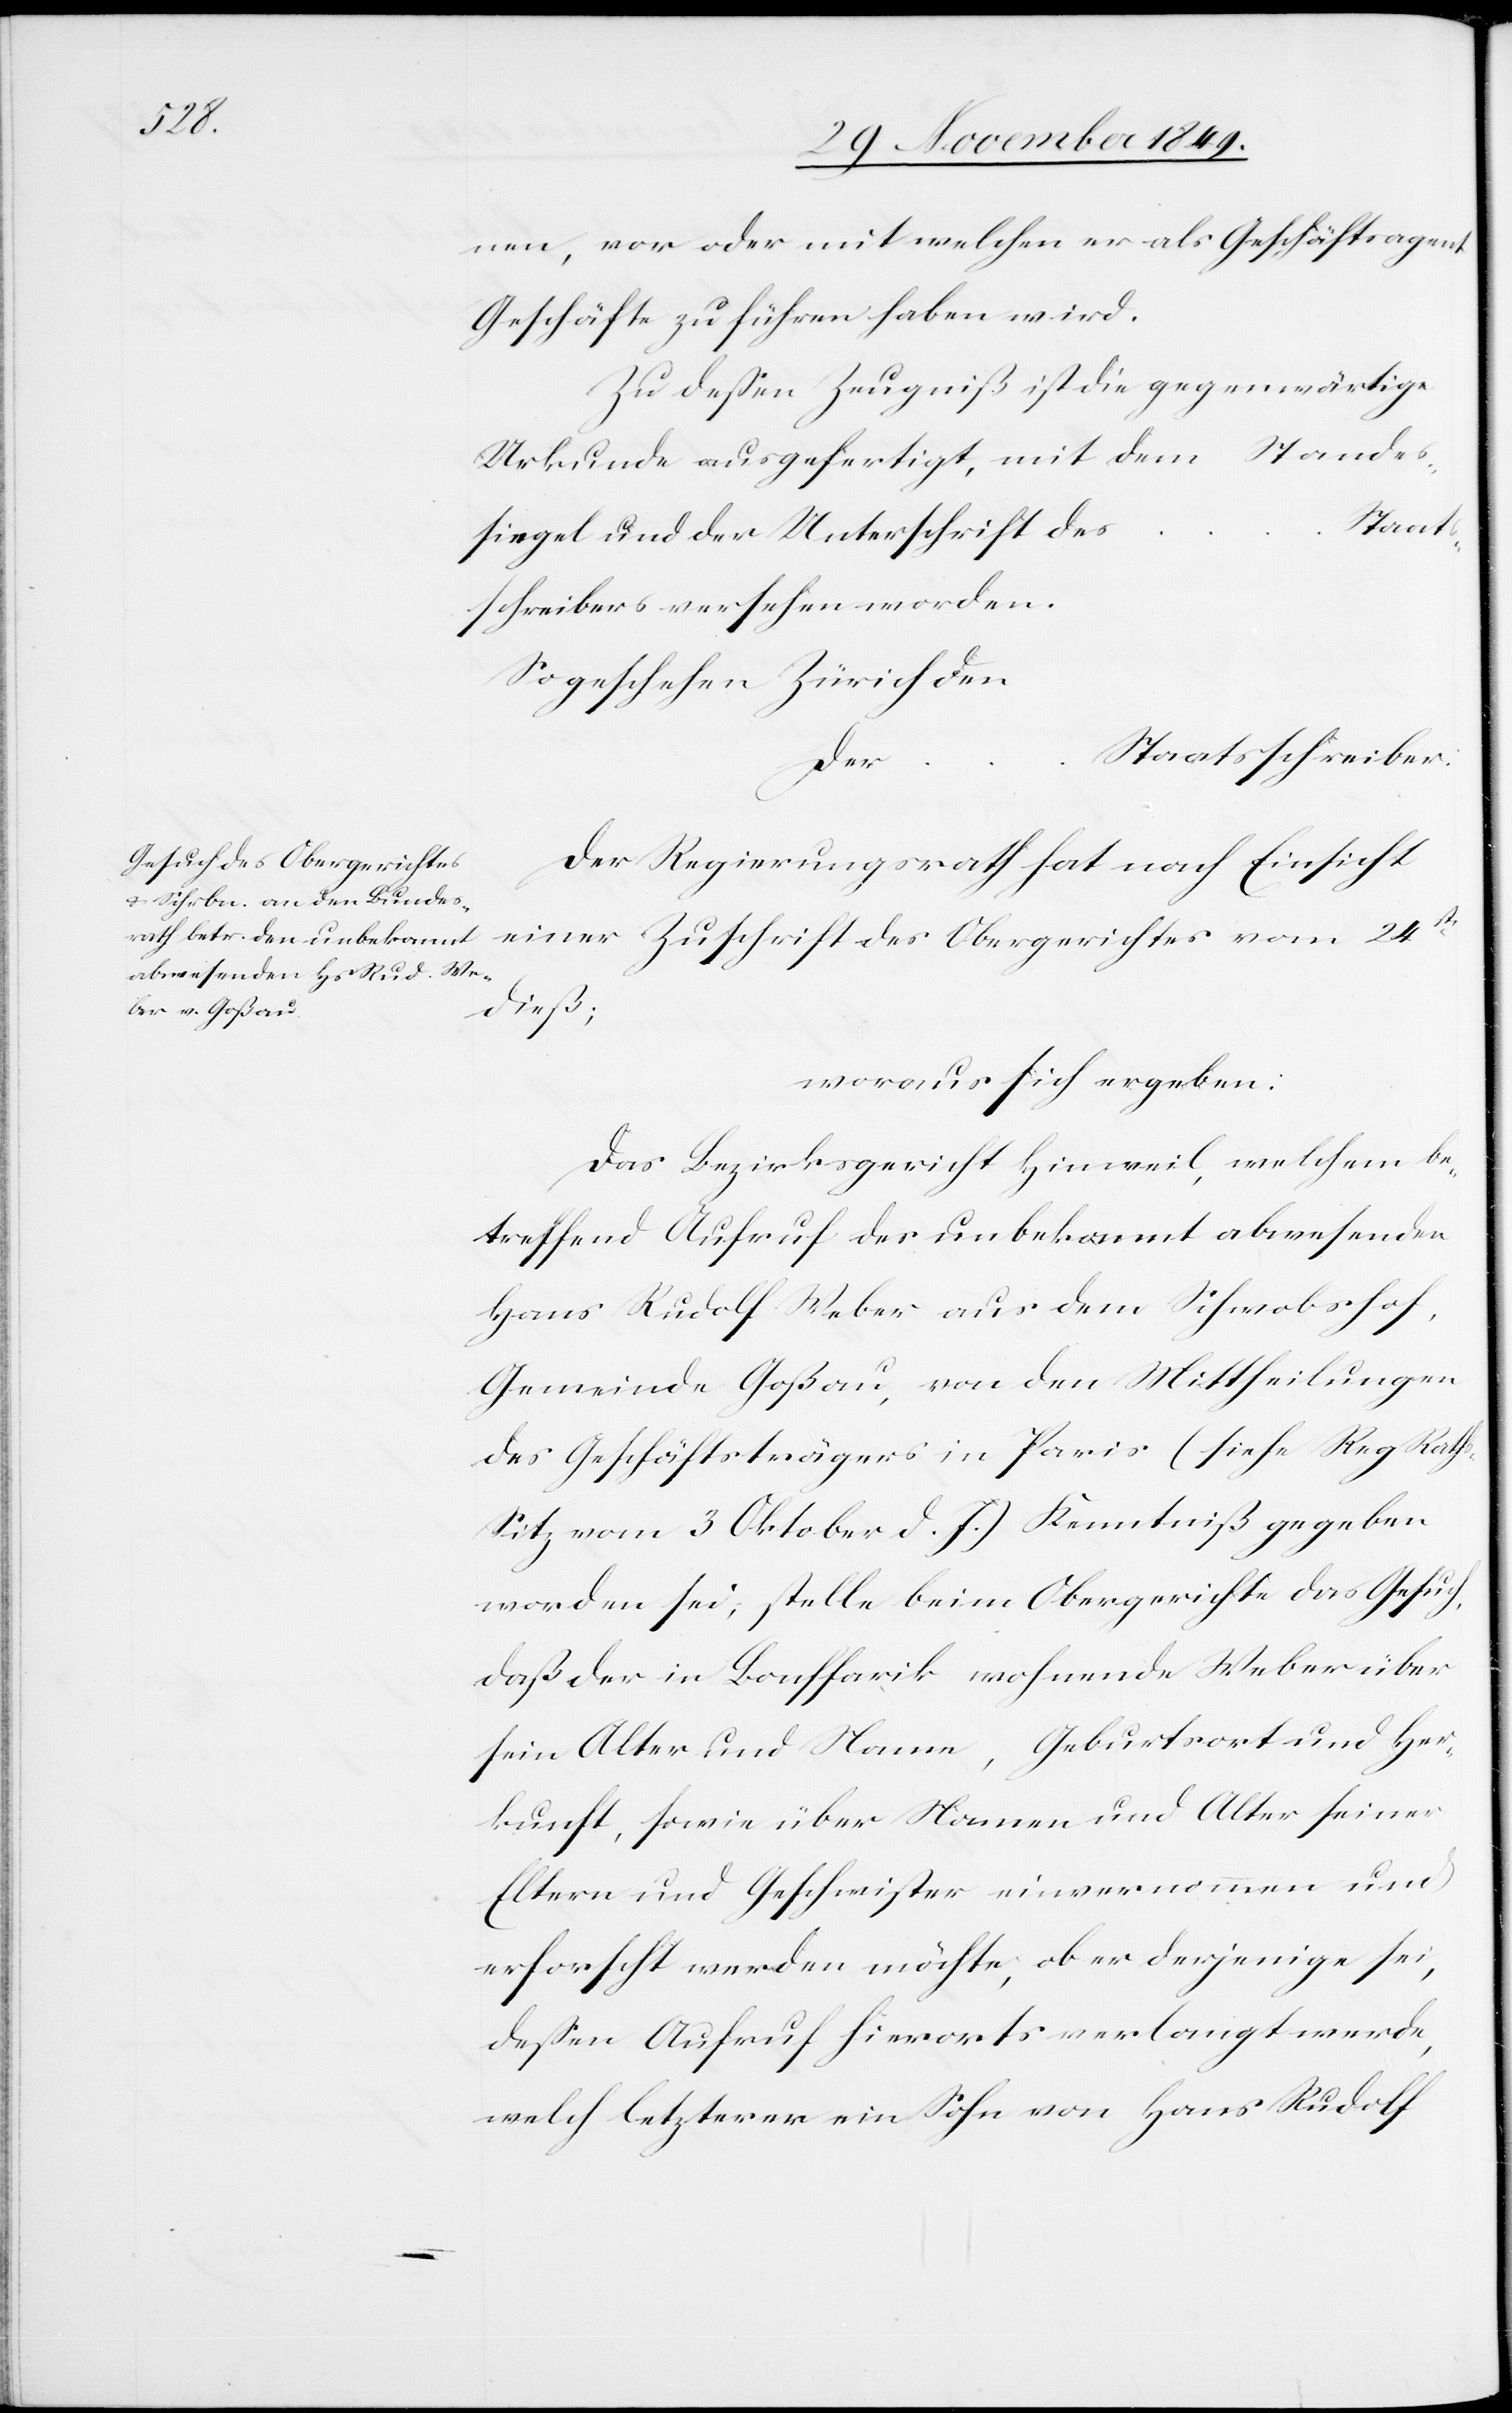
nen, vor oder mit welchen er als Geschäftsagent
Geschäfte zu führen haben wird.
Zu deßen Zeugniß ist die gegenwärtige
Urkunde ausgefertigt, mit dem Standes¬
Staats¬
siegel und der Unterschrift des
schreibers versehen worden.
So geschehen Zürich den
Staatsschreiber.
…
Der Regierungsrath hat nach Einsicht
einer Zuschrift des Obergerichtes vom 24sten
dieß;
woraus sich ergeben:
Das Bezirksgericht Hinweil welchem be¬
treffend Aufruf des unbekannt abwesenden
Hans Rudolf Weber aus dem Schwabshof,
Gemeinde Goßau, von den Mittheilungen
des Geschäftsträgers in Paris (siehe Reg Raths
Sitz vom 3 Oktober d. J.) Kenntniß gegeben
worden sei, stelle beim Obergerichte das Gesuch,
daß der in Bouffarik wohnende Weber über
sein Alter und Name, Geburtsort und Her¬
kunft, sowie über Namen und Alter seiner
Eltern und Geschwister einvernommen und
erforscht werden möchte, ob er derjenige sei,
deßen Aufruf hierorts verlangt werde,
welch letzterer ein Sohn von Hans Rudolf